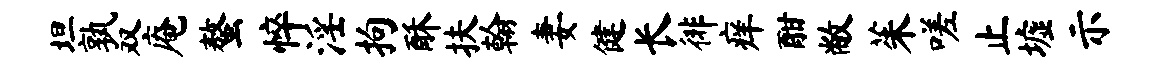
坦孰双庵螯悴淫拘酥扶翰妻健长徘痒酣敝茱嗟止墟示